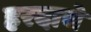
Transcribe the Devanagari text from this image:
हरदाचे